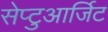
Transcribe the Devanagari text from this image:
सेप्टुआर्जिट